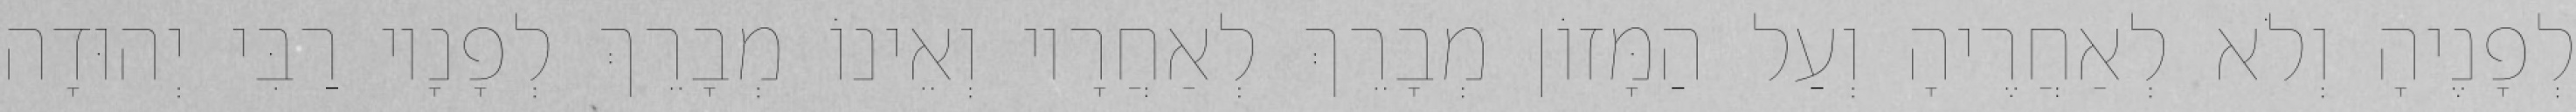
לְפָנֶיהָ וְלֹא לְאַחֲרֶיהָ וְעַל הַמָּזוֹן מְבָרֵךְ לְאַחֲרָיו וְאֵינוֹ מְבָרֵךְ לְפָנָיו רַבִּי יְהוּדָה